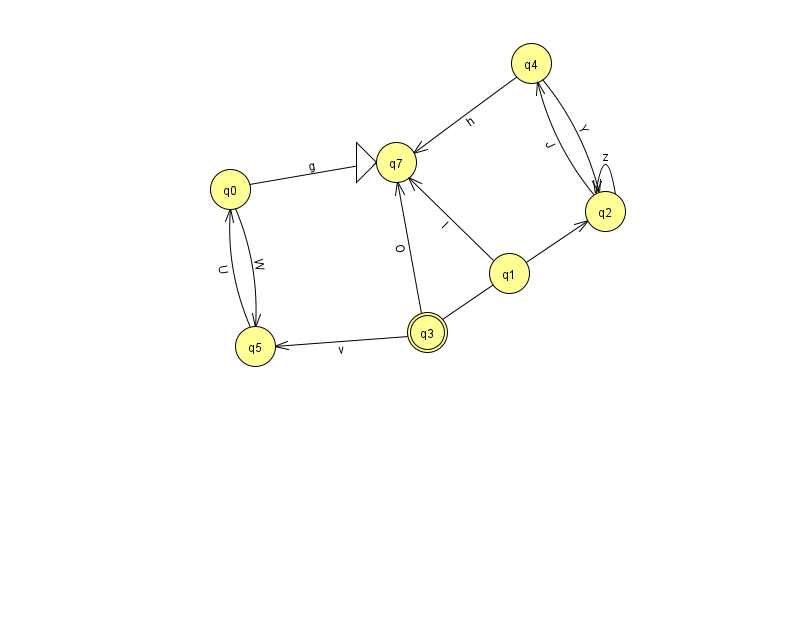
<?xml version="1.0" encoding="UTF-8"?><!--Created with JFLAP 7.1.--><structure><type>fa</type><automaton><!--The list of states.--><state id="0" name="q0"><x>230.0</x><y>176.0</y></state><state id="1" name="q1"><x>509.0</x><y>260.0</y></state><state id="2" name="q2"><x>605.0</x><y>198.0</y></state><state id="3" name="q3"><x>427.0</x><y>319.0</y><final/></state><state id="4" name="q4"><x>531.0</x><y>50.0</y></state><state id="5" name="q5"><x>255.0</x><y>333.0</y></state><state id="7" name="q7"><x>396.0</x><y>149.0</y><initial/></state><!--The list of transitions.--><transition><from>3</from><to>5</to><read>v</read></transition><transition><from>0</from><to>5</to><read>W</read></transition><transition><from>5</from><to>0</to><read>U</read></transition><transition><from>3</from><to>7</to><read>O</read></transition><transition><from>4</from><to>7</to><read>h</read></transition><transition><from>2</from><to>2</to><read>z</read></transition><transition><from>3</from><to>2</to><read>Z</read></transition><transition><from>0</from><to>7</to><read>g</read></transition><transition><from>2</from><to>4</to><read>J</read></transition><transition><from>4</from><to>2</to><read>Y</read></transition><transition><from>1</from><to>7</to><read>l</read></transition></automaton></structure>